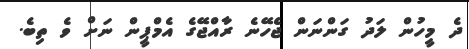
ދެ މީހުން ލަދު ގަންނަން ޖެހޭނެ ރާއްޖޭގެ އެމްޕީން ނަށް ވެ ތިބެ.